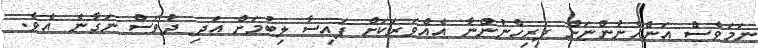
ނަމަވެސް އަންހެނުންނަށް ފިރިހެނުންނާ އެއްވަރަކަށް ފައިސާ ލިބުމަށް އަދި ދުވަސް ނަގާނެ އެވެ.